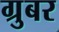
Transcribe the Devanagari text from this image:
ग्रुबर